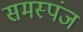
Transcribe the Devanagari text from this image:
समस्पंज